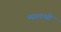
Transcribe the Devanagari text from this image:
मालथी